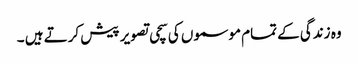
وہ زندگی کے تمام موسموں کی سچی تصویر پیش کرتے ہیں ۔